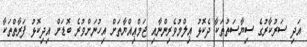
އަދި ސަރުކާރުގެ ސިޔާސަތުތަކާ ދެކޮޅު ޢިލްމުވެރިންނާއި ޖަމްޢިއްޔާތަށް އިހުނަށްވުރެ ބޮޑަށް އިދިކޮޅު ފަރާތްތަކާ